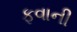
ફવાની